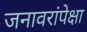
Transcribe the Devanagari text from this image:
जनावरांपेक्षा